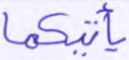
يأتيكما